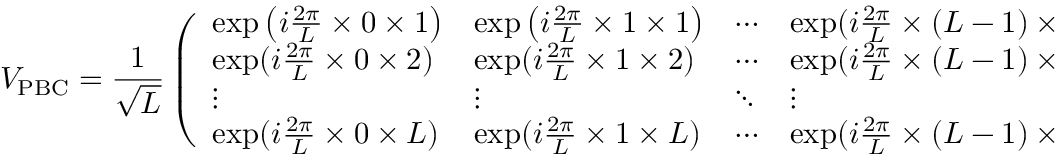
V _ { \mathrm { P B C } } = \frac { 1 } { \sqrt { L } } \left( \begin{array} { l l l l l } { \exp \left( i \frac { 2 \pi } { L } \times 0 \times 1 \right) } & { \exp \left( i \frac { 2 \pi } { L } \times 1 \times 1 \right) } & { \cdots } & { \exp ( i \frac { 2 \pi } { L } \times ( L - 1 ) \times 1 ) } & { } \\ { \exp ( i \frac { 2 \pi } { L } \times 0 \times 2 ) } & { \exp ( i \frac { 2 \pi } { L } \times 1 \times 2 ) } & { \cdots } & { \exp ( i \frac { 2 \pi } { L } \times ( L - 1 ) \times 2 ) } & { } \\ { \vdots } & { \vdots } & { \ddots } & { \vdots } & { } \\ { \exp ( i \frac { 2 \pi } { L } \times 0 \times L ) } & { \exp ( i \frac { 2 \pi } { L } \times 1 \times L ) } & { \cdots } & { \exp ( i \frac { 2 \pi } { L } \times ( L - 1 ) \times L ) } & { } \end{array} \right) ,